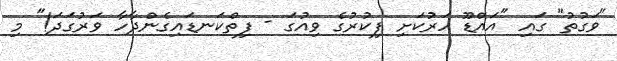
"ވަގުތު" ގައި "އައްޑޫ ހަރުކަށި ފިކުރުގެ ވިއުގަ - ފިތްކަނޑައިގެންދާހާ ވަރުގަދަ!" މި